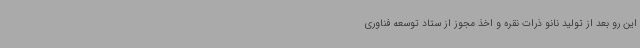
این رو بعد از تولید نانو ذرات نقره و اخذ مجوز از ستاد توسعه فناوری